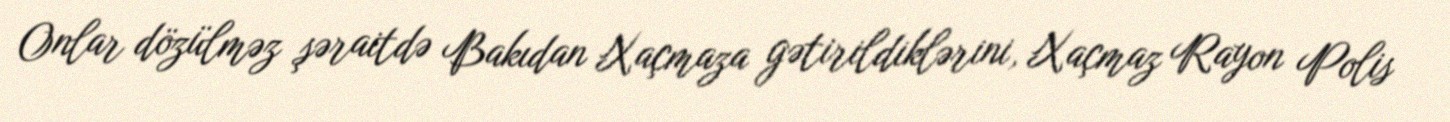
Onlar dözülməz şəraitdə Bakıdan Xaçmaza gətirildiklərini, Xaçmaz Rayon Polis